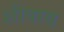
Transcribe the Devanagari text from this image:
शीवाय